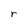
Character: r